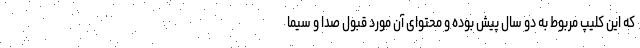
که این کلیپ مربوط به دو سال پیش بوده و محتوای آن مورد قبول صدا و سیما